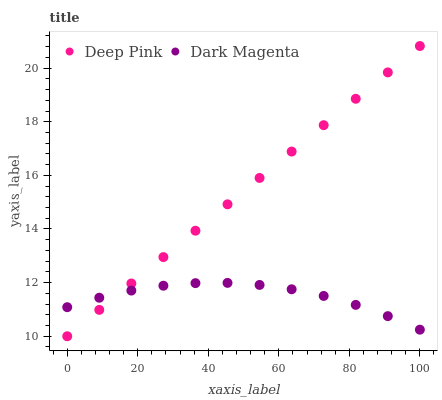
| xaxis_label | Deep Pink | Dark Magenta |
 | --- | --- | --- |
 | 0 | 10 | 11.1 |
 | 9.09 | 11 | 11.4 |
 | 18.2 | 12 | 11.7 |
 | 27.3 | 13 | 11.9 |
 | 36.4 | 13.9 | 12 |
 | 45.5 | 14.9 | 12 |
 | 54.5 | 15.9 | 11.9 |
 | 63.6 | 16.9 | 11.8 |
 | 72.7 | 17.9 | 11.5 |
 | 81.8 | 18.9 | 11.2 |
 | 90.9 | 19.8 | 10.8 |
 | 100 | 20.8 | 10.2 |